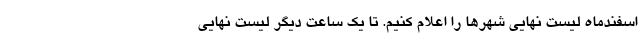
اسفندماه لیست نهایی شهرها را اعلام کنیم. تا یک ساعت دیگر لیست نهایی